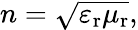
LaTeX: n={\sqrt{\varepsilon_{\mathrm{r}}\mu_{\mathrm{r}}}},